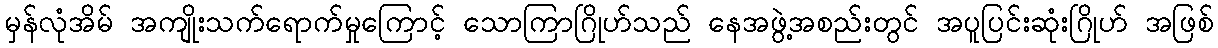
မှန်လုံအိမ် အကျိုးသက်ရောက်မှုကြောင့် သောကြာဂြိုဟ်သည် နေအဖွဲ့အစည်းတွင် အပူပြင်းဆုံးဂြိုဟ် အဖြစ်